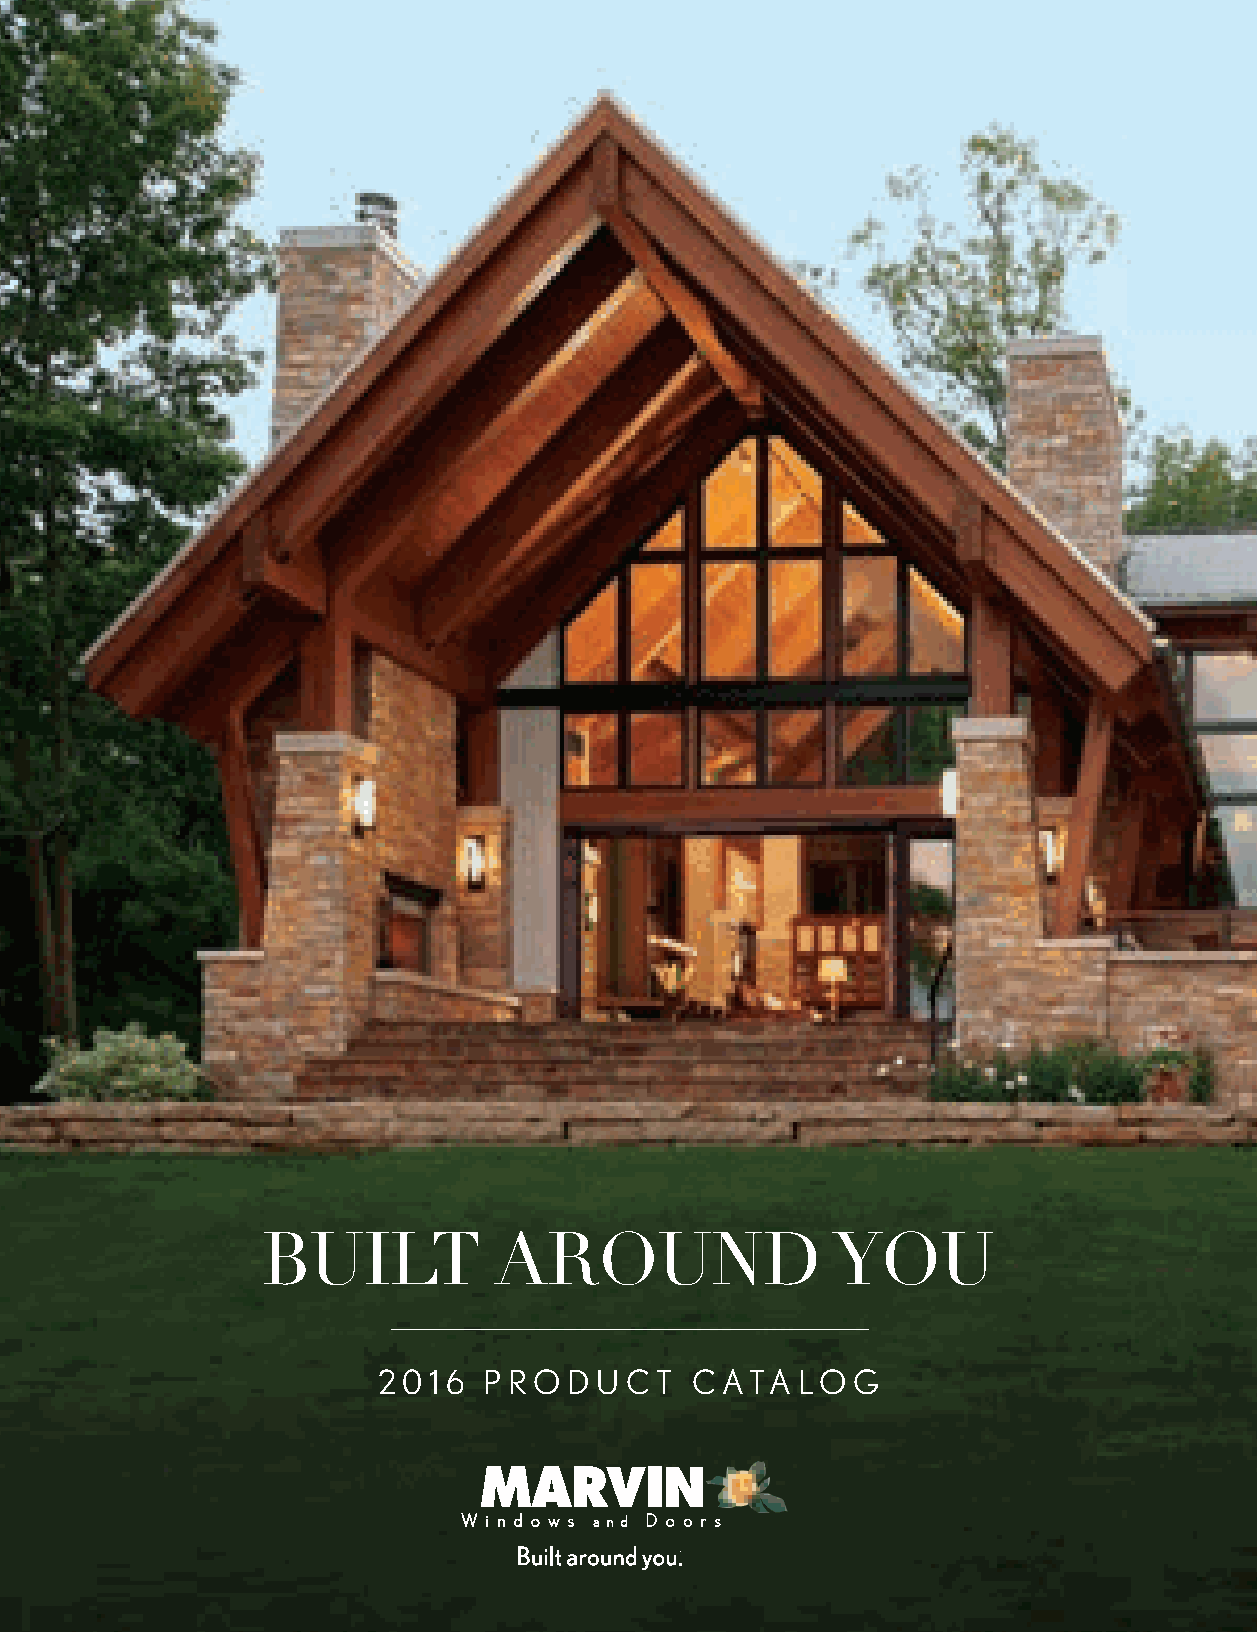
BUILT           AROUND                YOU
 2 0 1 6 P RO D U CT  CATA   LO G